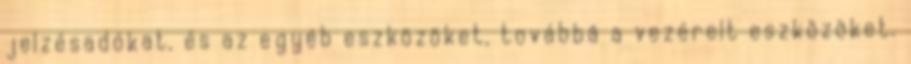
jelzésadókat, és az egyéb eszközöket, továbbá a vezérelt eszközöket.